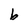
Character: b